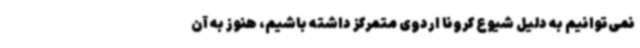
نمی‌توانیم به دلیل شیوع کرونا اردوی متمرکز داشته باشیم، هنوز به آن